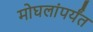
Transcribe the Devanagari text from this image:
मोघलांपर्यंत